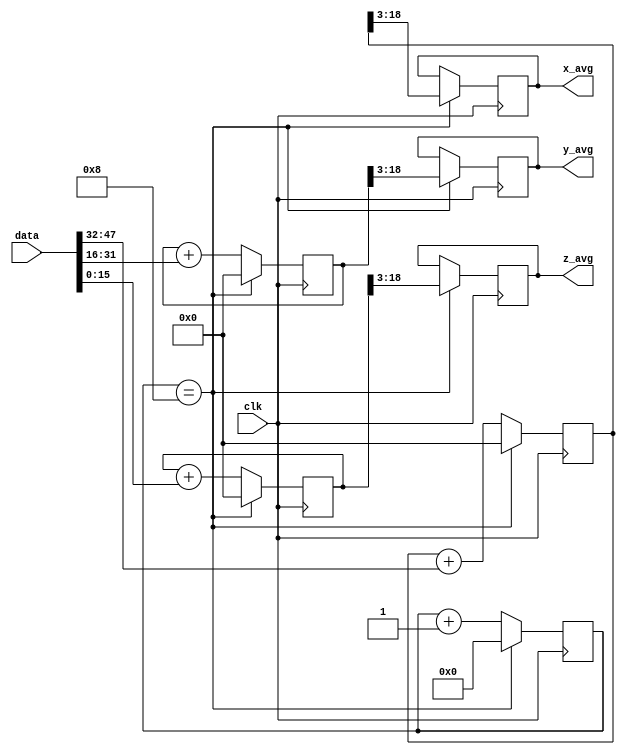
`timescale 1ns / 1ps
//////////////////////////////////////////////////////////////////////////////////
// Company: 
// Engineer: 
// 
// Design Name: 
// Module Name:    lpf 
// Project Name: 
// Target Devices: 
// Tool versions: 
// Description: 
//
// Dependencies: 
//
// Revision: 
// Revision 0.01 - File Created
// Additional Comments: 
//
//////////////////////////////////////////////////////////////////////////////////
module lpf(clk,data,x_avg,y_avg,z_avg);
	input clk;
	input signed [47:0] data;
	output reg signed [15:0] x_avg = 16'b0;
	output reg signed [15:0] y_avg = 16'b0;
	output reg signed [15:0] z_avg = 16'b0;
	
	// registers
	parameter N = 8;
	parameter SHIFT = 3;
	reg [4:0] index = 5'b0;
	reg signed [19:0] x_accum = 20'b0;
	reg signed [19:0] y_accum = 20'b0;
	reg signed [19:0] z_accum = 20'b0;
		
	always @(posedge clk) begin
		if (index==N) begin			
			// avg
			x_avg <= x_accum>>>SHIFT;
			y_avg <= y_accum>>>SHIFT;
			z_avg <= z_accum>>>SHIFT;
			
			// reset
			x_accum <= 20'b0;
			y_accum <= 20'b0;
			z_accum <= 20'b0;
			index <= 0;
		end
		else begin
			x_accum <= x_accum + data[47:32];
			y_accum <= y_accum + data[31:16];
			z_accum <= z_accum + data[15:0];
			index <= index+1;
		end
	end
endmodule